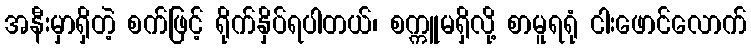
အနီးမှာရှိတဲ့ စက်ဖြင့် ရိုက်နှိပ်ရပါတယ်၊ စက္ကူမရှိလို့ စာမူရရုံ ငါးဖောင်လောက်